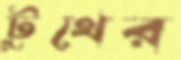
টুথের